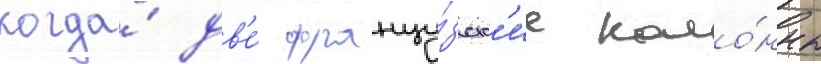
когда́ дв'е́ францу́зск'ие коло́нны